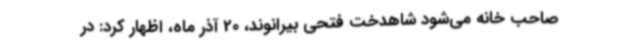
صاحب‌ خانه می‌شود شاهدخت فتحی بیرانوند، 20 آذر ماه، اظهار کرد: در